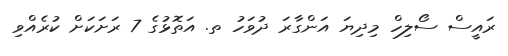
ރައީސް ސޯލިހް މިދިޔަ އަންގާރަ ދުވަހު ތ. އަތޮޅުގެ 7 ރަށަކަށް ކުރެއްވި